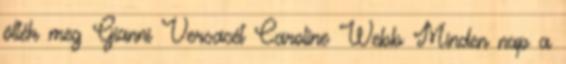
ölték meg Gianni Versacét Caroline Webb Minden nap a